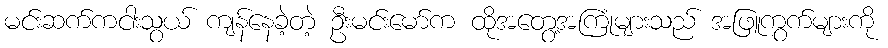
မင်းဆက်ကငါးသွယ် ကျန်နေခဲ့တဲ့ ဦးမင်းမော်က ထိုအတွေ့အကြုံများသည် အဖြူကွက်များကို